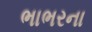
ભાભરના